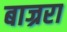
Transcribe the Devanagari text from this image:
बाज्ररा